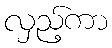
လှည့်ကာ